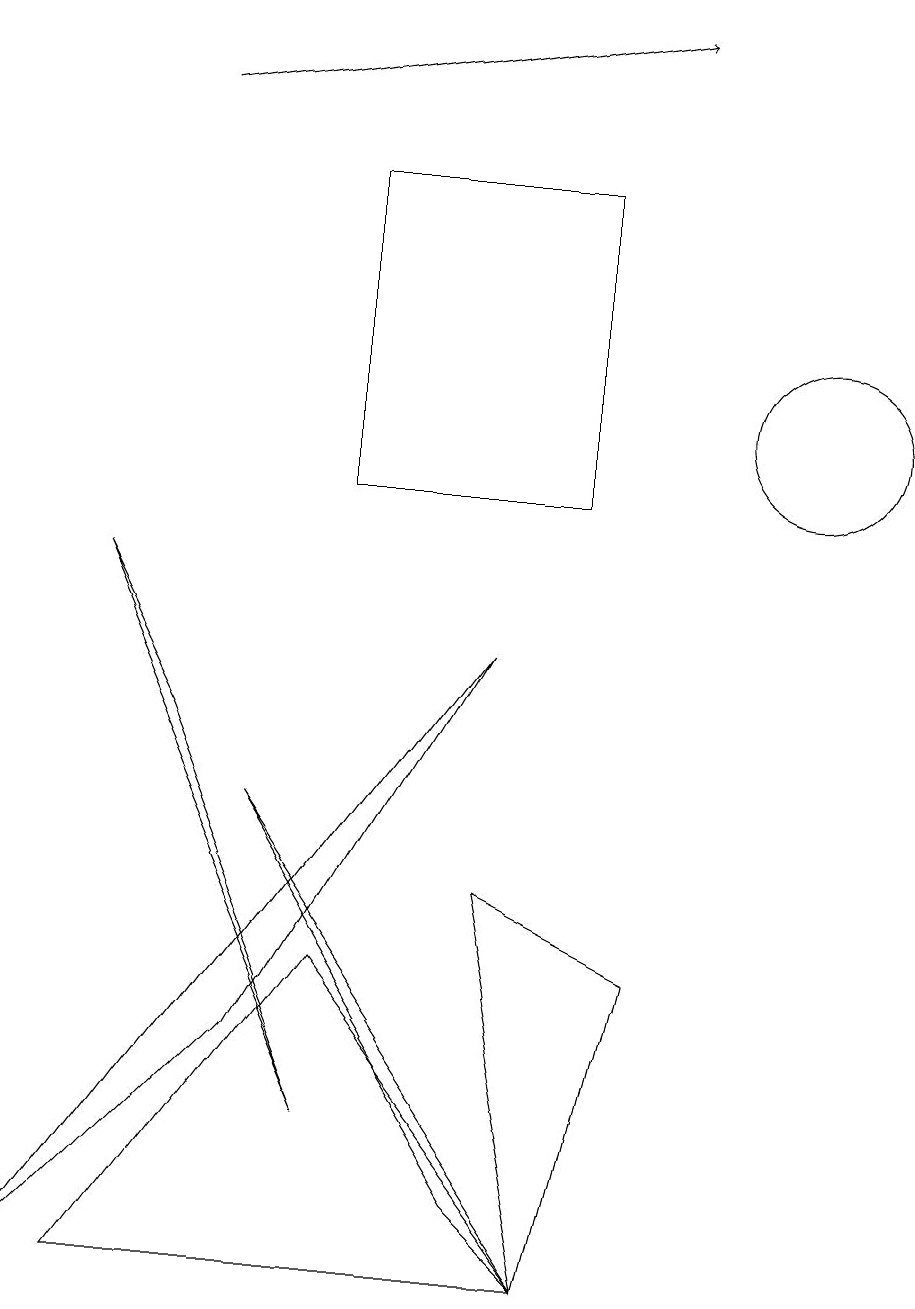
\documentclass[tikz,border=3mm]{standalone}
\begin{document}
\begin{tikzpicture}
\draw (3,6) -- (6,1) -- (7,0) -- cycle;
\draw (7,0) -- (6,5) -- (8,4) -- cycle;
\draw (4,4) -- (1,0) -- (7,0) -- cycle;
\draw[->] (2,15) -- (8,16);
\draw (4,14) rectangle (7,10);
\draw (0,0) -- (6,8) -- (3,3) -- cycle;
\draw (10,11) circle (1);
\draw (2,7) -- (1,9) -- (4,2) -- cycle;
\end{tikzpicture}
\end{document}